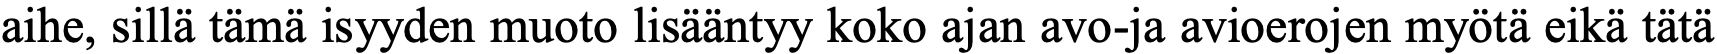
aihe, sillä tämä isyyden muoto lisääntyy koko ajan avo-ja avioerojen myötä eikä tätä